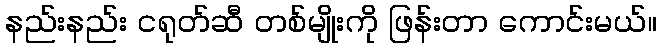
နည်းနည်း ငရုတ်ဆီ တစ်မျိုးကို ဖြန်းတာ ကောင်းမယ်။